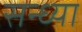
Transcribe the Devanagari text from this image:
सन्‍ध्‍या